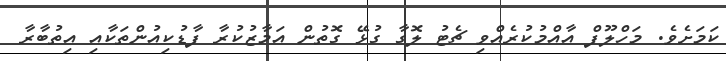
ކަމަށެވެ. މަހްލޫފް އާއްމުކުރެއްވި ޗެޓު ލޮގާ ގުޅޭ ގޮތުން އަމާޒުކުރާ ފާޑުކިއުންތަކާއި އިތުބާރާ